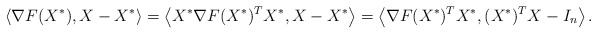
\begin{align*}\langle\nabla F(X^*), X-X^*\rangle= \left\langle X^*\nabla F(X^*)^TX^*, X-X^*\right\rangle=\left\langle\nabla F(X^*)^TX^*, (X^*)^TX-I_n\right\rangle.\end{align*}